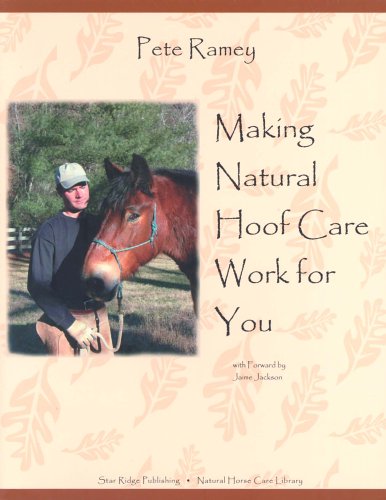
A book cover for Making Natural Hoof Care Work for You; Pete Ramey; Crafts, Hobbies & Home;